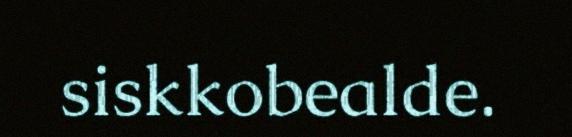
siskkobealde.